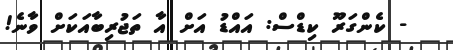
- ކެންގަރޫ ކިޑްސް: އައްޑު އަށް އާ ތަޖުރިބާއަކަށް ވާނެ!